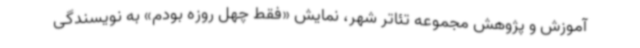
آموزش و پژوهش مجموعه تئاتر شهر، نمایش «فقط چهل روزه بودم» به نویسندگی